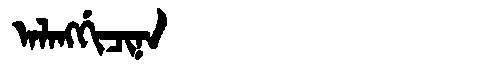
Manchu: ᠠᠯᠠᠩᡤᡳᠴᡳᠨᠠ
Romanization: ALANGGICINA